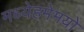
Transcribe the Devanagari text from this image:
मध्येहमेमयो